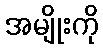
အမျိုးကို